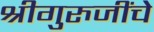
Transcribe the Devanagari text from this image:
श्रीगुरुजींचे